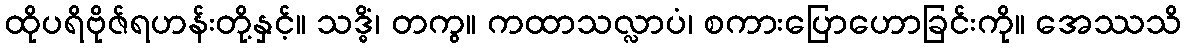
ထိုပရိဗိုဇ်ရဟန်းတို့နှင့်။ သဒ္ဓိံ၊ တကွ။ ကထာသလ္လာပံ၊ စကားပြောဟောခြင်းကို။ အေဿသိ